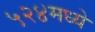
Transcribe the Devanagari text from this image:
५२४मध्ये